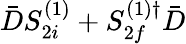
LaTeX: \bar{D}S_{2i}^{(1)}+S_{2f}^{(1)\dagger}\bar{D}